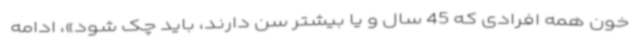
خون همه افرادی که 45 سال و یا بیشتر سن دارند، باید چک شود»، ادامه